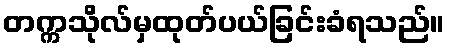
တက္ကသိုလ်မှထုတ်ပယ်ခြင်းခံရသည်။